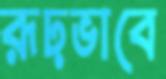
রূঢ়ভাবে